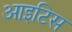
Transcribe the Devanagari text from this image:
आइटिस